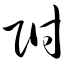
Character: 附